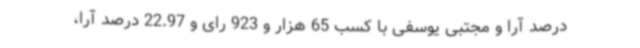
درصد آرا و مجتبی یوسفی با کسب 65 هزار و 923 رای و 22.97 درصد آرا،